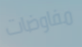
مفاوضات